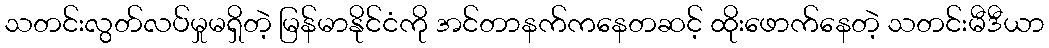
သတင်းလွတ်လပ်မှုမရှိတဲ့ မြန်မာနိုင်ငံကို အင်တာနက်ကနေတဆင့် ထိုးဖောက်နေတဲ့ သတင်းမီဒီယာ